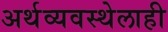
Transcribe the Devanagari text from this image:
अर्थव्यवस्थेलाही